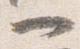
一